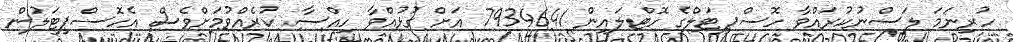
ހުރިނަމަ ލަސްނުކުރައްވާ ހޮސްޕިޓަލްގެ ހޮޓްލައިން 7934641 އަށް ގުޅުއްވާ ހިއްސާ ކުރެއްވުމަށްވެސް އެހޮސްޕިޓަލުން